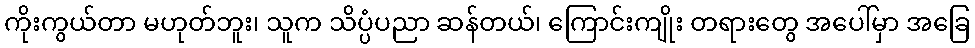
ကိုးကွယ်တာ မဟုတ်ဘူး၊ သူက သိပ္ပံပညာ ဆန်တယ်၊ ကြောင်းကျိုး တရားတွေ အပေါ်မှာ အခြေ